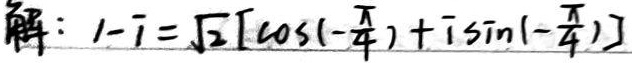
解：\(1 - i=\sqrt{2}\left[\cos\left(-\frac{\pi}{4}\right)+i\sin\left(-\frac{\pi}{4}\right)\right]\)